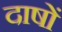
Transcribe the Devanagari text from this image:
दाषों